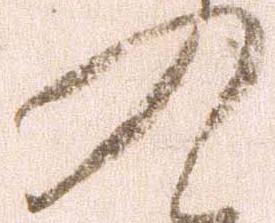
入